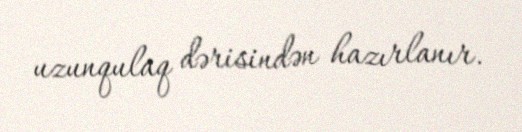
uzunqulaq dərisindən hazırlanır.